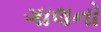
ગાલનો